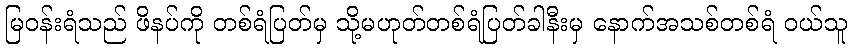
မြဝန်းရံသည် ဖိနပ်ကို တစ်ရံပြတ်မှ သို့မဟုတ်တစ်ရံပြတ်ခါနီးမှ နောက်အသစ်တစ်ရံ ဝယ်သူ